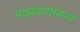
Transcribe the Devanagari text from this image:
माझदायासना